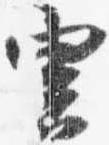
雲